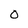
Character: 0